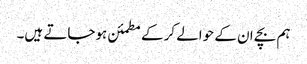
ہم بچے ان کے حوالے کرکے مطمئن ہوجاتے ہیں۔